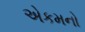
એકમનો